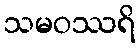
သမဝဿရိ